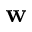
\mathbf { w }